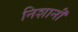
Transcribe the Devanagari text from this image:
निशानॊं